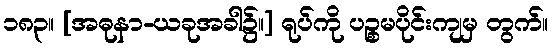
၁၈၃။ [အဓုနာ-ယခုအခါ၌။] ရုပ်ကို ပဉ္စမပိုင်းကျမှ တွက်။